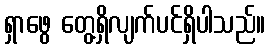
ရှာဖွေ တွေ့ရှိလျက်ပင်ရှိပါသည်။